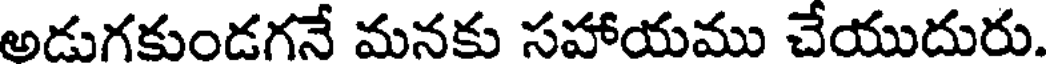
అడుగకుండగనే మనకు సహాయము చేయుదురు.